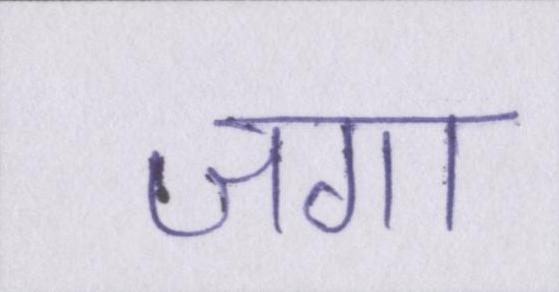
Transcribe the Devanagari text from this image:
जगा